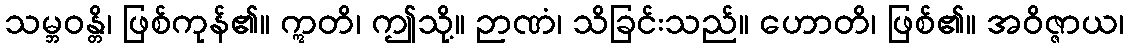
သမ္ဘဝန္တိ၊ ဖြစ်ကုန်၏။ ဣတိ၊ ဤသို့။ ဉာဏံ၊ သိခြင်းသည်။ ဟောတိ၊ ဖြစ်၏။ အဝိဇ္ဇာယ၊